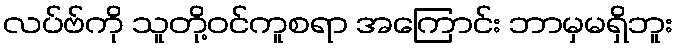
လပ်ဗ်ကို သူတို့ဝင်ကူစရာ အကြောင်း ဘာမှမရှိဘူး